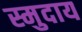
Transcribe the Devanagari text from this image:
स्मुदाय